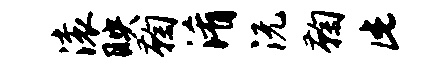
滚映鞠淆沅鞠此